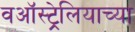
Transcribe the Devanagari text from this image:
वऑस्ट्रेलियाच्या